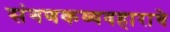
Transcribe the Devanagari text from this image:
संगणकव्यवहाराचे